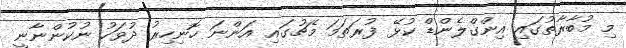
މި މުބާރާތުގައި އިންގްލެންޑް ކުޅޭ ފުރަތަމަ މެޗުގައި އަންނަ ހޮނިހިރު ދުވަހު ނުކުންނާނީ